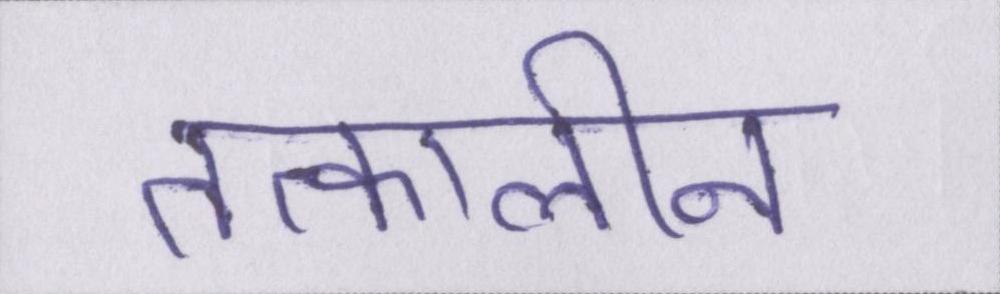
तत्कालीन